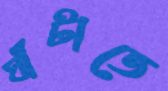
ঘাঁটাতে